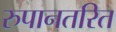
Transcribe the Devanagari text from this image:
रुपानतरित